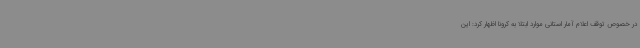
در خصوص توقف اعلام آمار استانی موارد ابتلا به کرونا اظهار کرد: این